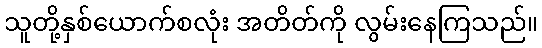
သူတို့နှစ်ယောက်စလုံး အတိတ်ကို လွမ်းနေကြသည်။